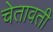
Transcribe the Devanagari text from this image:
चेतावती